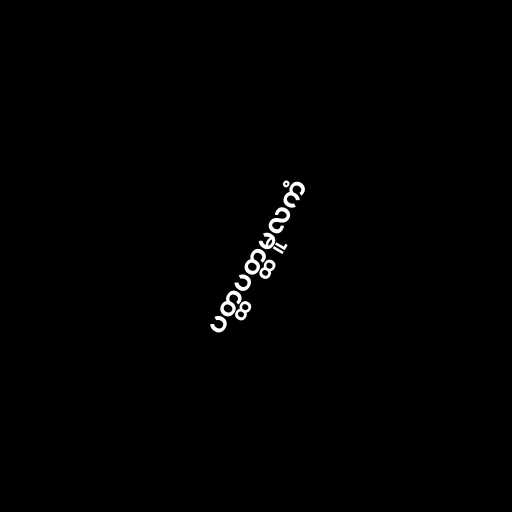
ပတ္ထပတ္ထမူလကံ